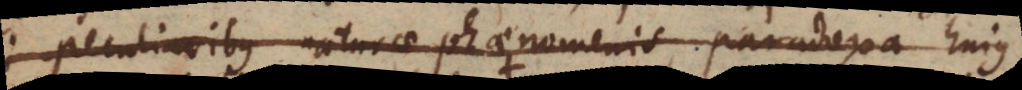
peculiaribus naturae phaenomenis, paradoxa hujus